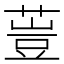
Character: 䔇